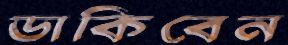
ডাকিবেন